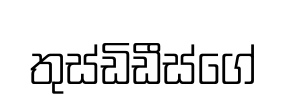
තුස්ඩිඩීස්ගේ